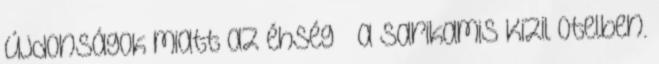
újdonságok miatt az éhség – a Sarikamis Kizil Otelben.